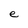
Character: e